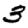
Digit: 3